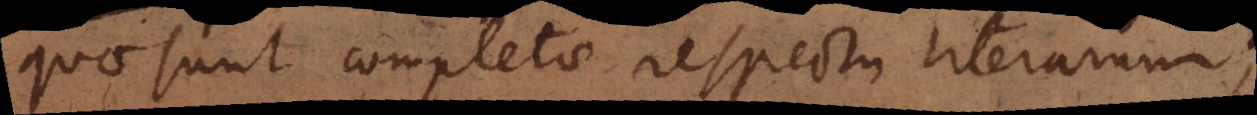
quae sunt completae respectu literarum;